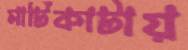
মাটিকাটায়